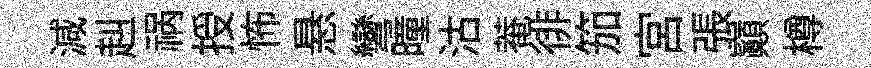
減赳祸授怖悬彎曈沽菴徘笳宫張巔樽